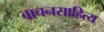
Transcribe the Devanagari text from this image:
वाचनसाहित्य